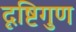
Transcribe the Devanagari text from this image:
दृष्टिगुण